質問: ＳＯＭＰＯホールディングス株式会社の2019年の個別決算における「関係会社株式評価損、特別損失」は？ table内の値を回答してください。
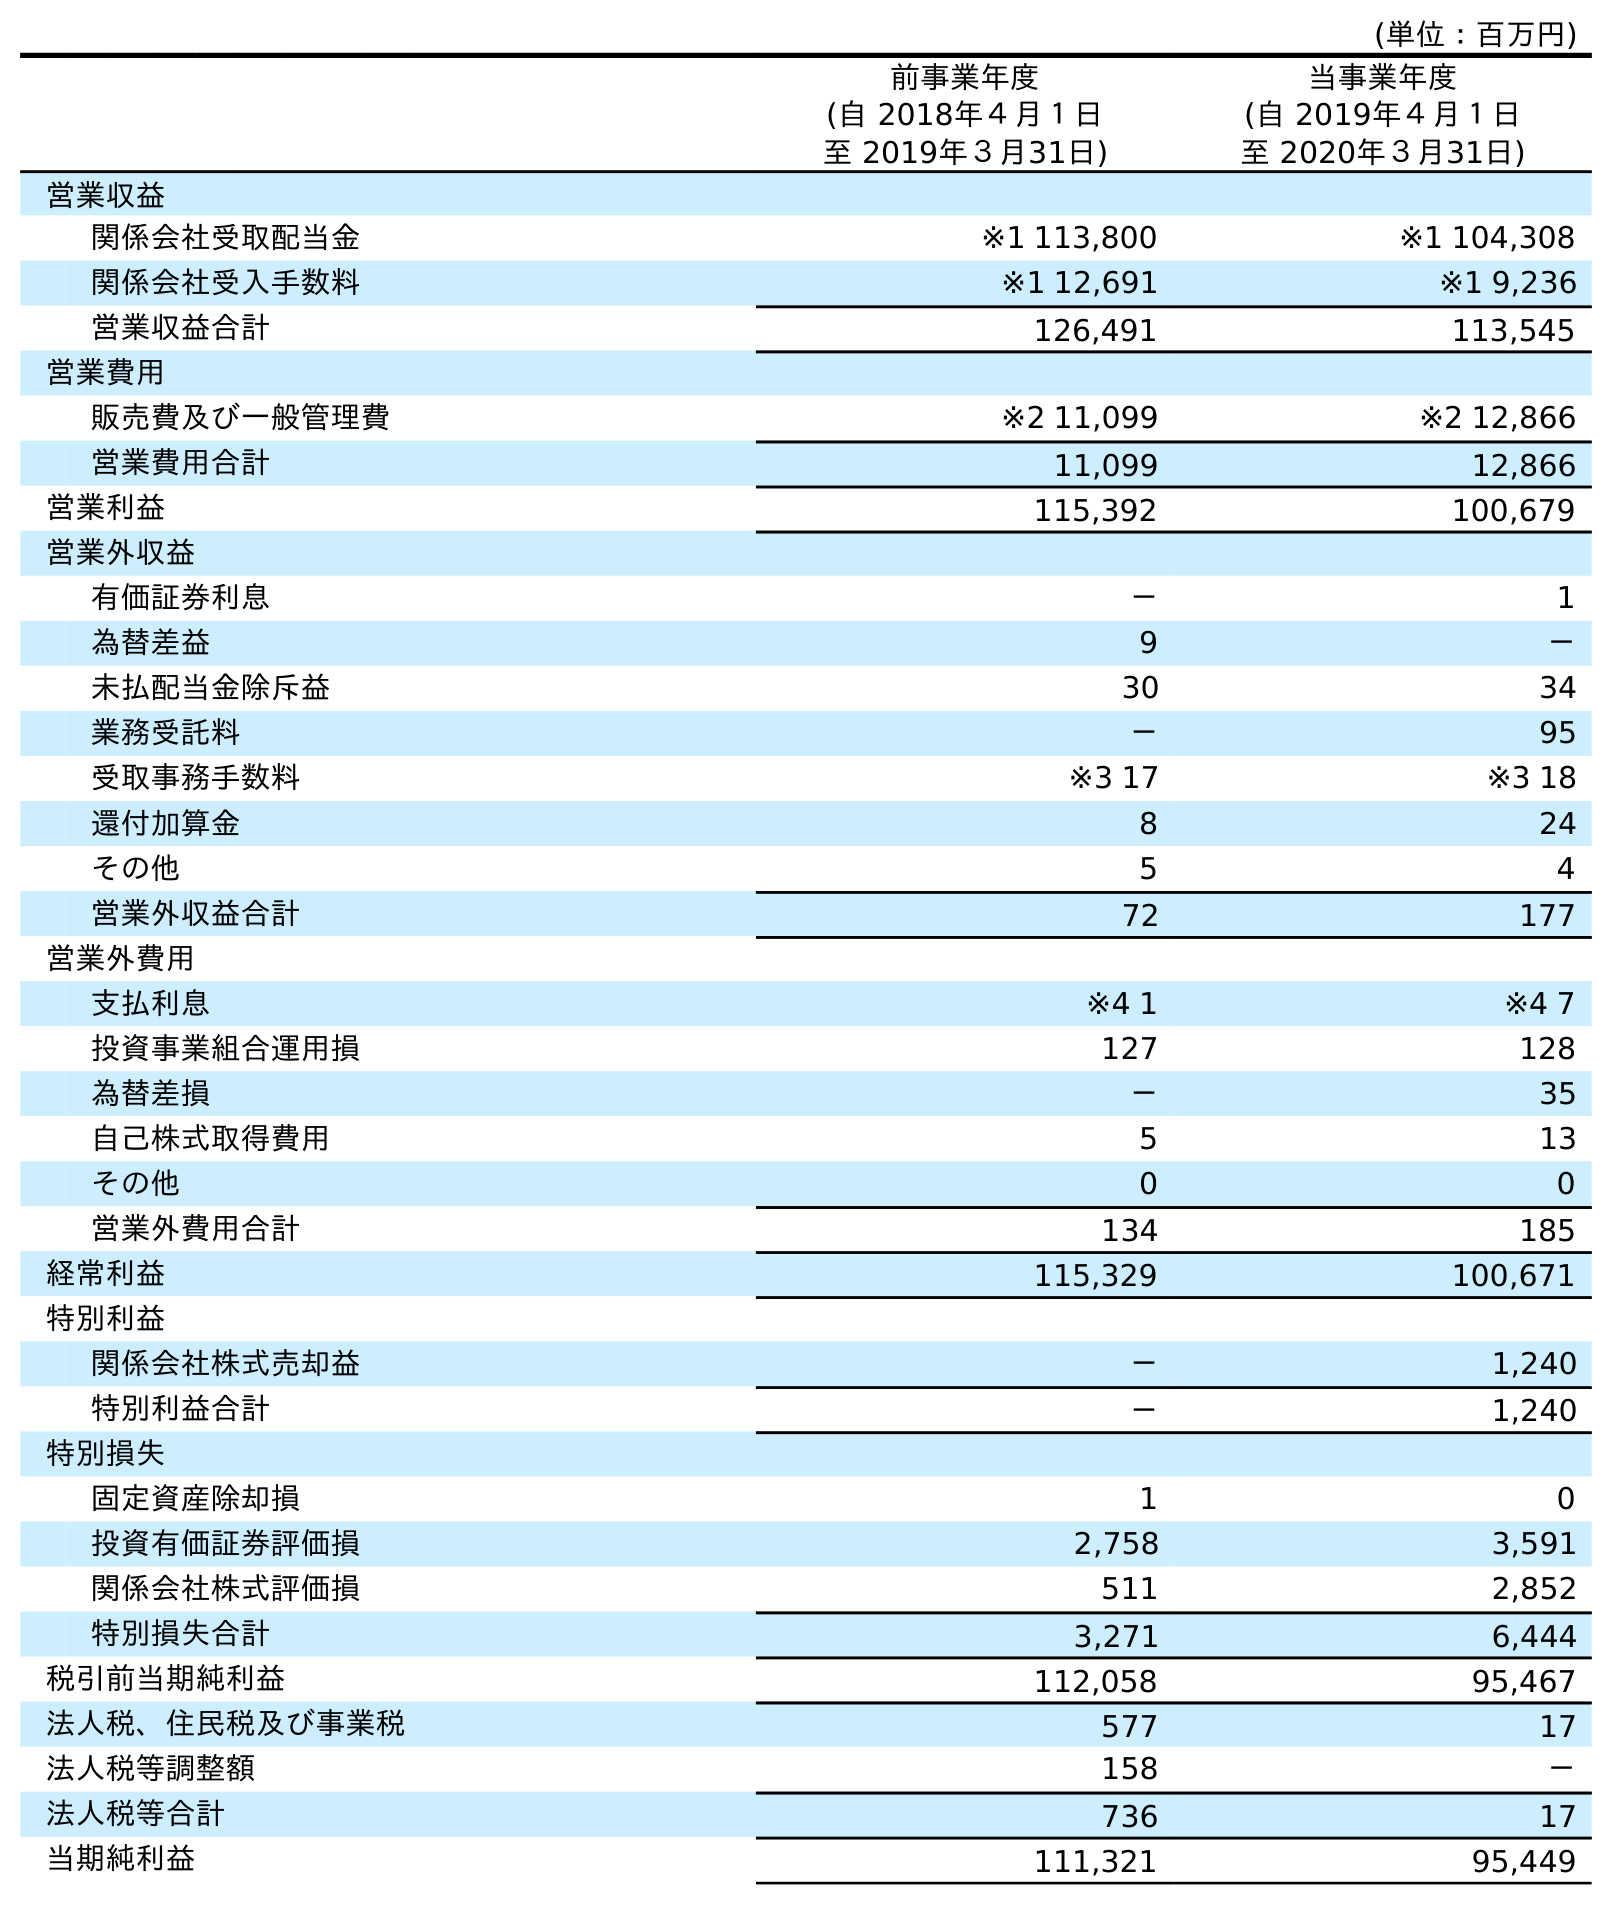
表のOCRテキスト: (単位：百万円) 前事業年度 (自 2018年４月１日 至 2019年３月31日) 当事業年度 (自 2019年４月１日 至 2020年３月31日) 営業収益 関係会社受取配当金 ※1 113,800 ※1 104,308 関係会社受入手数料 ※1 12,691 ※1 9,236 営業収益合計 126,491 113,545 営業費用 販売費及び一般管理費 ※2 11,099 ※2 12,866 営業費用合計 11,099 12,866 営業利益 115,392 100,679 営業外収益 有価証券利息 － 1 為替差益 9 － 未払配当金除斥益 30 34 業務受託料 － 95 受取事務手数料 ※3 17 ※3 18 還付加算金 8 24 その他 5 4 営業外収益合計 72 177 営業外費用 支払利息 ※4 1 ※4 7 投資事業組合運用損 127 128 為替差損 － 35 自己株式取得費用 5 13 その他 0 0 営業外費用合計 134 185 経常利益 115,329 100,671 特別利益 関係会社株式売却益 － 1,240 特別利益合計 － 1,240 特別損失 固定資産除却損 1 0 投資有価証券評価損 2,758 3,591 関係会社株式評価損 511 2,852 特別損失合計 3,271 6,444 税引前当期純利益 112,058 95,467 法人税、住民税及び事業税 577 17 法人税等調整額 158 － 法人税等合計 736 17 当期純利益 111,321 95,449
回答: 511